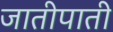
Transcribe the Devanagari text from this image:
जातीपाती